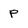
Character: P